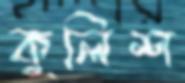
কুলিশ